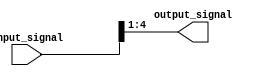
module part_select_assign (
    input [7:0] input_signal,
    output reg [3:0] output_signal
);

assign output_signal = input_signal[4:1];

endmodule